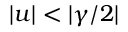
| u | < | \gamma / 2 |